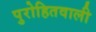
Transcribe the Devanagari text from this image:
पुरोहितवाली